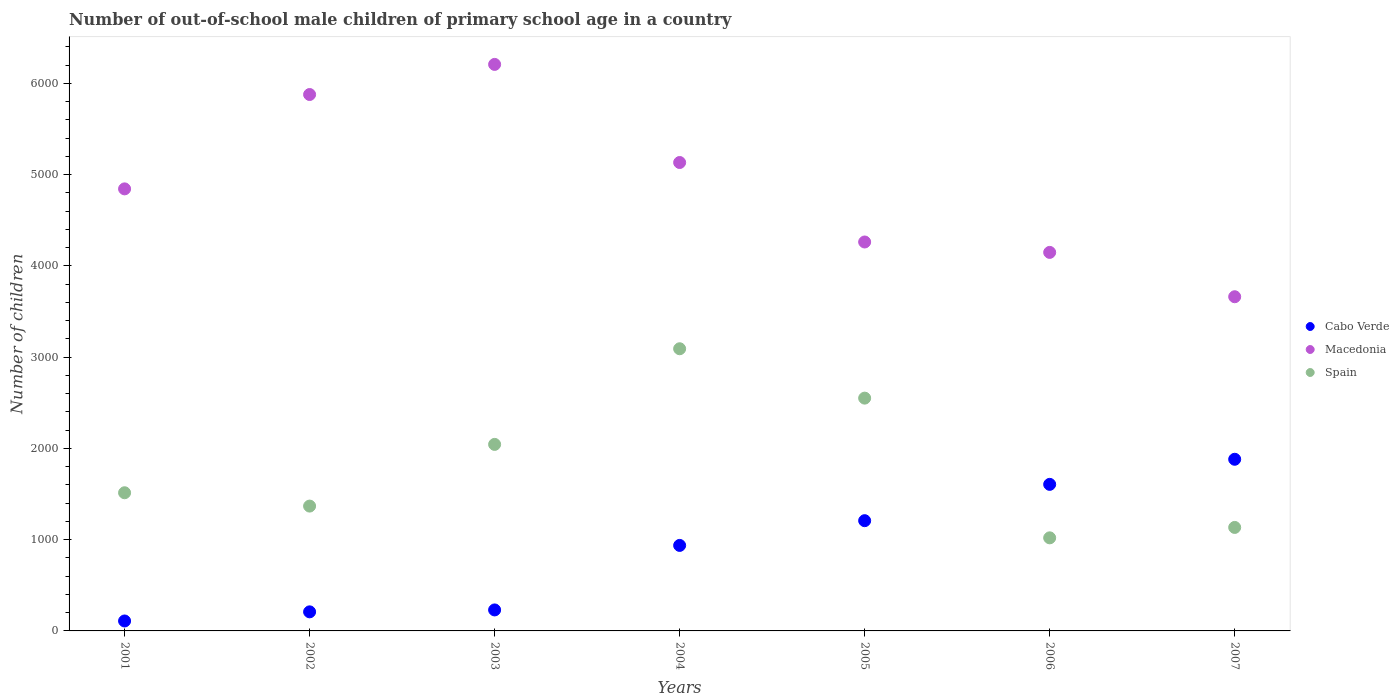
| Years | Cabo Verde | Macedonia | Spain |
 | --- | --- | --- | --- |
 | 2001 | 109 | 4.84e+03 | 1.51e+03 |
 | 2002 | 209 | 5.88e+03 | 1.37e+03 |
 | 2003 | 230 | 6.21e+03 | 2.04e+03 |
 | 2004 | 937 | 5.13e+03 | 3.09e+03 |
 | 2005 | 1.21e+03 | 4.26e+03 | 2.55e+03 |
 | 2006 | 1.61e+03 | 4.15e+03 | 1.02e+03 |
 | 2007 | 1.88e+03 | 3.66e+03 | 1.13e+03 |